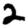
Digit: 2